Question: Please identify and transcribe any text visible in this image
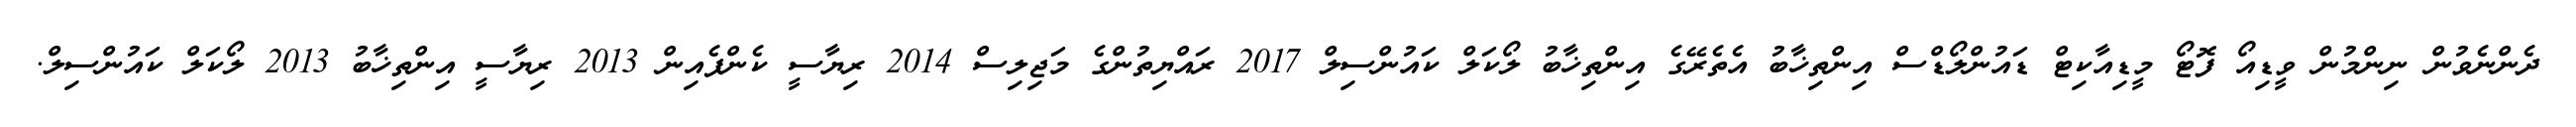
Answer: ދެންނެވުން ނިންމުން ވީޑިއޯ ފޮޓޯ މީޑިއާކިޓް ޑައުންލޯޑްސް އިންތިޚާބު އެތެރޭގެ އިންތިޚާބު ލޯކަލް ކައުންސިލް 2017 ރައްޔިތުންގެ މަޖިލިސް 2014 ރިޔާސީ ކެންޕެއިން 2013 ރިޔާސީ އިންތިޚާބު 2013 ލޯކަލް ކައުންސިލް.